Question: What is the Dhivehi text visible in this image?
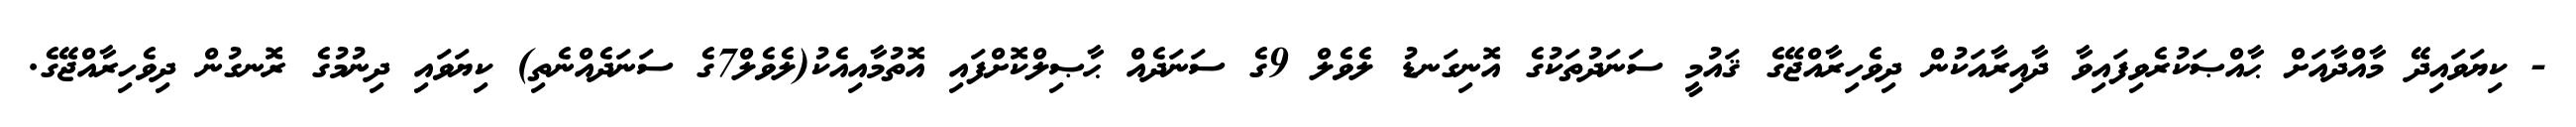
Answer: - ކިޔަވައިދޭ މާއްދާއަށް ޙާއްޞަކުރެވިފައިވާ ދާއިރާއަކުން ދިވެހިރާއްޖޭގެ ޤައުމީ ސަނަދުތަކުގެ އޮނިގަނޑު ލެވެލް 9ގެ ސަނަދެއް ޙާޞިލްކޮށްފައި އޮތުމާއިއެކު(ލެވެލް7ގެ ސަނަދެއްނެތި) ކިޔަވައި ދިނުމުގެ ރޮނގުން ދިވެހިރާއްޖޭގެ.